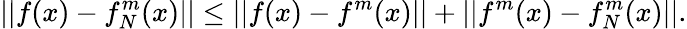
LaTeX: ||f(x)-f_{N}^{m}(x)||\leq||f(x)-f^{m}(x)||+||f^{m}(x)-f_{N}^{m}(x)||.